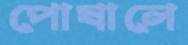
পোষালে